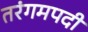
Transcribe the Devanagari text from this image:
तरंगमपदी